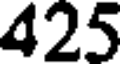
425